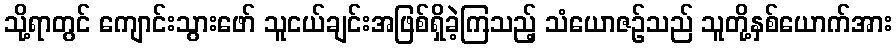
သို့ရာတွင် ကျောင်းသွားဖော် သူငယ်ချင်းအဖြစ်ရှိခဲ့ကြသည့် သံယောဇဉ်သည် သူတို့နှစ်ယောက်အား